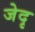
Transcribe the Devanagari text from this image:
जेदृ